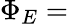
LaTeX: \Phi_{E}=\,